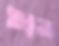
ধর